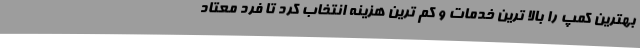
بهترین کمپ را بالا ترین خدمات و کم ترین هزینه انتخاب کرد تا فرد معتاد